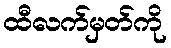
ထီလက်မှတ်ကို